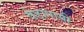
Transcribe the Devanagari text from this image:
वेडापायी